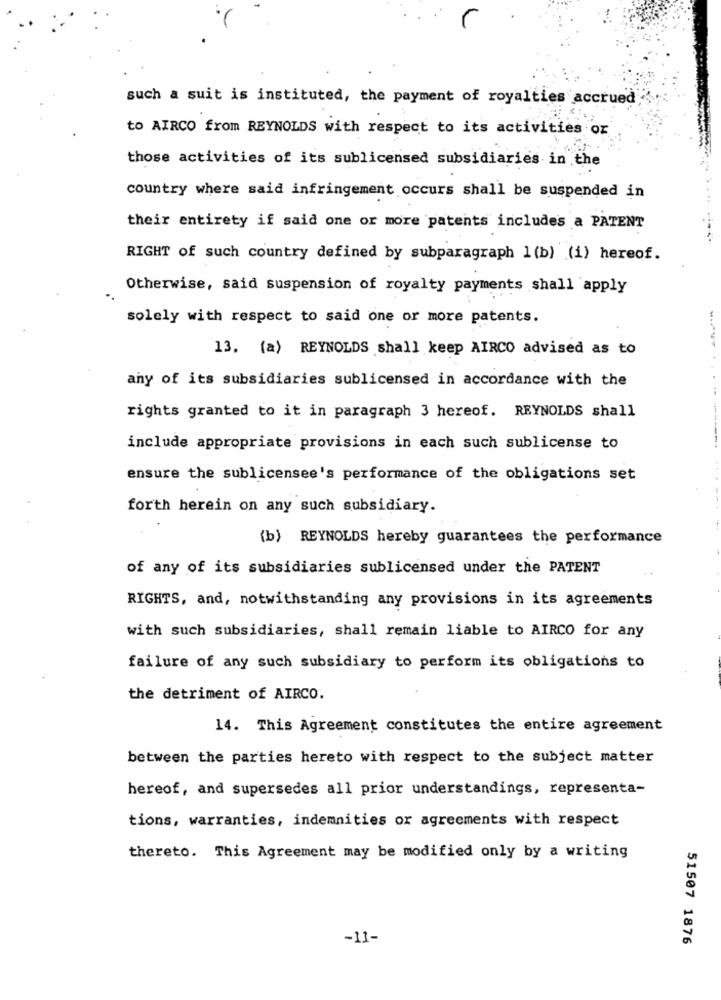
such a suit is instituted, the payment of royalties accrued
to AIRCO from REYNOLDS with respect to its activities or
those activities of its sublicensed subsidiaries in the
country where said infringement occurs shall be suspended in
their entirety if said one or more patents includes a PATENT
RIGHT of such country defined by subparagraph 1 (b) (i) hereof.
Otherwise, said suspension of royalty payments shall apply
solely with respect to said one or more patents.
13. (a) REYNOLDS shall keep AIRCO advised as to
any of its subsidiaries sublicensed in accordance with the
rights granted to it in paragraph 3 hereof. REYNOLDS shall
include appropriate provisions in each such sublicense to
ensure the sublicensee's performance of the obligations set
forth herein on any such subsidiary.
(b) REYNOLDS hereby guarantees the performance
of any of its subsidiaries sublicensed under the PATENT
RIGHTS, and, notwithstanding any provisions in its agreements
with such subsidiaries, shall remain liable to AIRCO for any
failure of any such subsidiary to perform its obligations to
the detriment of AIRCO.
14. This Agreement constitutes the entire agreement
between the parties hereto with respect to the subject matter
hereof, and supersedes all prior understandings, representa-
tions, warranties, indemnities or agreements with respect
thereto. This Agreement may be modified only by a writing
-11-
51507 1876